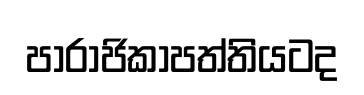
පාරාජිකාපත්තියටද